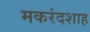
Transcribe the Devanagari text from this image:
मकरंदशाह